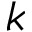
k